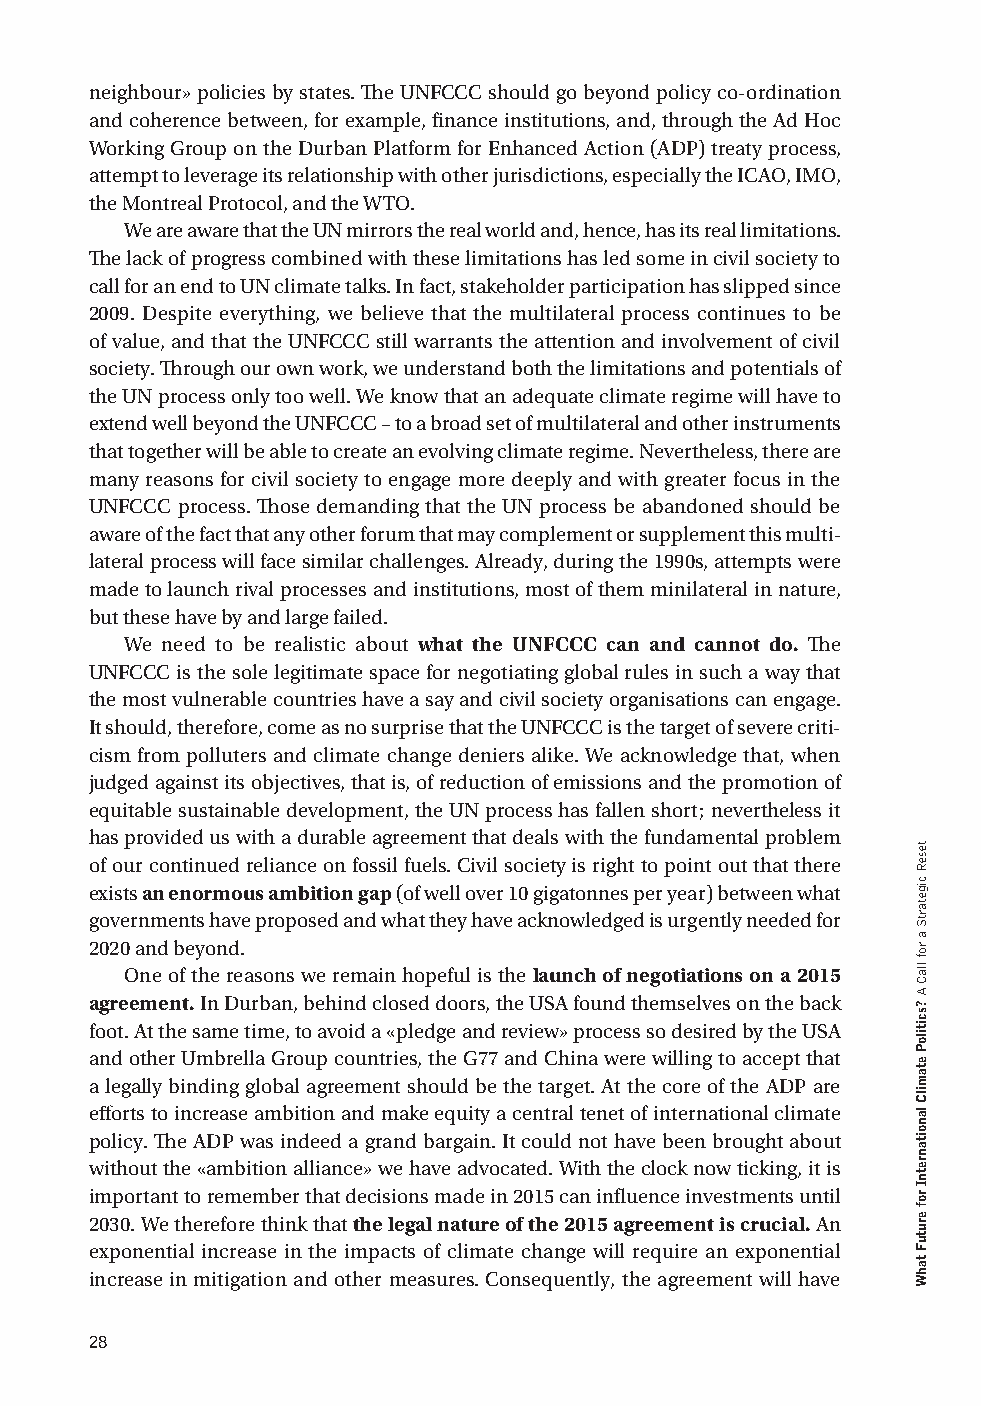
neighbour» policies by states. The UNFCCC should go beyond policy co-ordination
 and coherence between, for example, finance institutions, and, through the Ad Hoc
 Working Group on the Durban Platform for Enhanced Action (ADP) treaty process,
 attempt to leverage its relationship with other jurisdictions, especially the ICAO, IMO,
 the Montreal Protocol, and the WTO.
 We are aware that the UN mirrors the real world and, hence, has its real limitations.
 The lack of progress combined with these limitations has led some in civil society to
 call for an end to UN climate talks. In fact, stakeholder participation has slipped since
 2009. Despite everything, we believe that the multilateral process continues to be
 of value, and that the UNFCCC still warrants the attention and involvement of civil
 society. Through our own work, we understand both the limitations and potentials of
 the UN process only too well. We know that an adequate climate regime will have to
 extend well beyond the UNFCCC – to a broad set of multilateral and other instruments
 that together will be able to create an evolving climate regime. Nevertheless, there are
 many reasons for civil society to engage more deeply and with greater focus in the
 UNFCCC process. Those demanding that the UN process be abandoned should be
 aware of the fact that any other forum that may complement or supplement this multi-
 lateral process will face similar challenges. Already, during the 1990s, attempts were
 made to launch rival processes and institutions, most of them minilateral in nature,
 but these have by and large failed.
 We need to be realistic about what the UNFCCC can and cannot do. The
 UNFCCC is the sole legitimate space for negotiating global rules in such a way that
 the most vulnerable countries have a say and civil society organisations can engage.
 It should, therefore, come as no surprise that the UNFCCC is the target of severe criti-
 cism from polluters and climate change deniers alike. We acknowledge that, when
 judged against its objectives, that is, of reduction of emissions and the promotion of
 equitable sustainable development, the UN process has fallen short; nevertheless it
 has provided us with a durable agreement that deals with the fundamental problem
 of our continued reliance on fossil fuels. Civil society is right to point out that there
 exists an enormous ambition gap (of well over 10 gigatonnes per year) between what
 governments have proposed and what they have acknowledged is urgently needed for
 2020 and beyond.
 One of the reasons we remain hopeful is the launch of negotiations on a 2015
 agreement. In Durban, behind closed doors, the USA found themselves on the back
 foot. At the same time, to avoid a «pledge and review» process so desired by the USA
 and other Umbrella Group countries, the G77 and China were willing to accept that
 a legally binding global agreement should be the target. At the core of the ADP are
 efforts to increase ambition and make equity a central tenet of international climate
 policy. The ADP was indeed a grand bargain. It could not have been brought about
 without the «ambition alliance» we have advocated. With the clock now ticking, it is
 important to remember that decisions made in 2015 can influence investments until
 2030. We therefore think that the legal nature of the 2015 agreement is crucial. An
 exponential increase in the impacts of climate change will require an exponential
 increase in mitigation and other measures. Consequently, the agreement will have
 28
 teseR
 cigetartS
 a
 rof
 llaC
 A
 ?scitiloP
 etamilC
 lanoitanretnI
 rof
 erutuF
 tahW